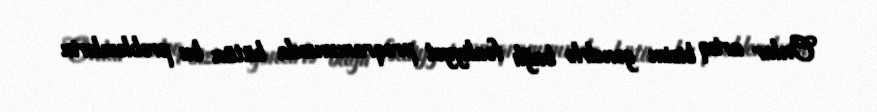
Onlar artıq bizim gənclrlə bağlı fəaliyyət proqramımızda bütün bu problemlərin